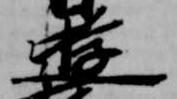
遊